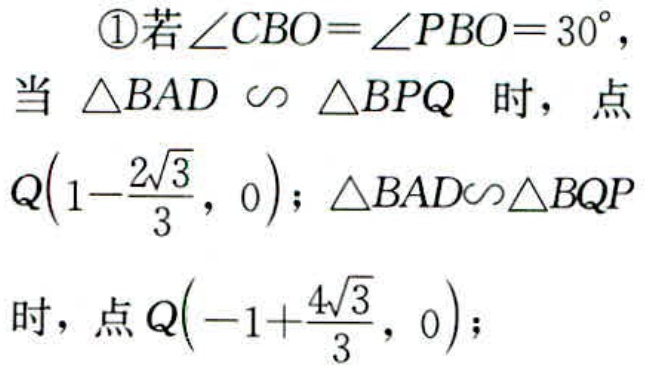
\textcircled{1}若\(\angle CBO = \angle PBO = 30^{\circ}\)，当\(\triangle BAD\sim\triangle BPQ\)时，点\(Q\left(1 - \dfrac{2\sqrt{3}}{3},0\right)\)；\(\triangle BAD\sim\triangle BQP\)时，点\(Q\left(-1 + \dfrac{4\sqrt{3}}{3},0\right)\)；